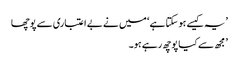
’ یہ کیسے ہو سکتا ہے ‘ میں نے بے اعتباری سے پوچھا
’ مجھ سے کیا پوچھ رہے ہو۔